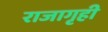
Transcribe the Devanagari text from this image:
राजागृही